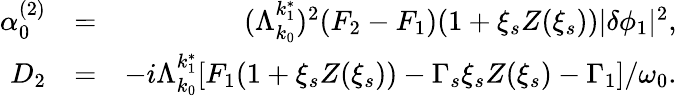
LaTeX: \begin{array}{rlr}{\alpha_{0}^{(2)}}&{=}&{(\Lambda_{k_{0}}^{k_{1}^{*}})^{2}(F_{2}-F_{1})(1+\xi_{s}Z(\xi_{s}))\lvert\delta\phi_{1}\rvert^{2},}\\ {D_{2}}&{=}&{-i\Lambda_{k_{0}}^{k_{1}^{*}}[F_{1}(1+\xi_{s}Z(\xi_{s}))-\Gamma_{s}\xi_{s}Z(\xi_{s})-\Gamma_{1}]/\omega_{0}.}\end{array}